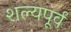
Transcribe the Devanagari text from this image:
शल्यपूर्व